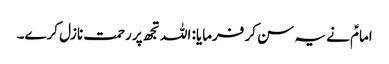
امامؑ نے یہ سن کر فرمایا: اللہ تجھ پر رحمت نازل کرے۔